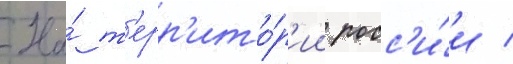
На́ т'ерр'ито́р'ии росс'и́и /